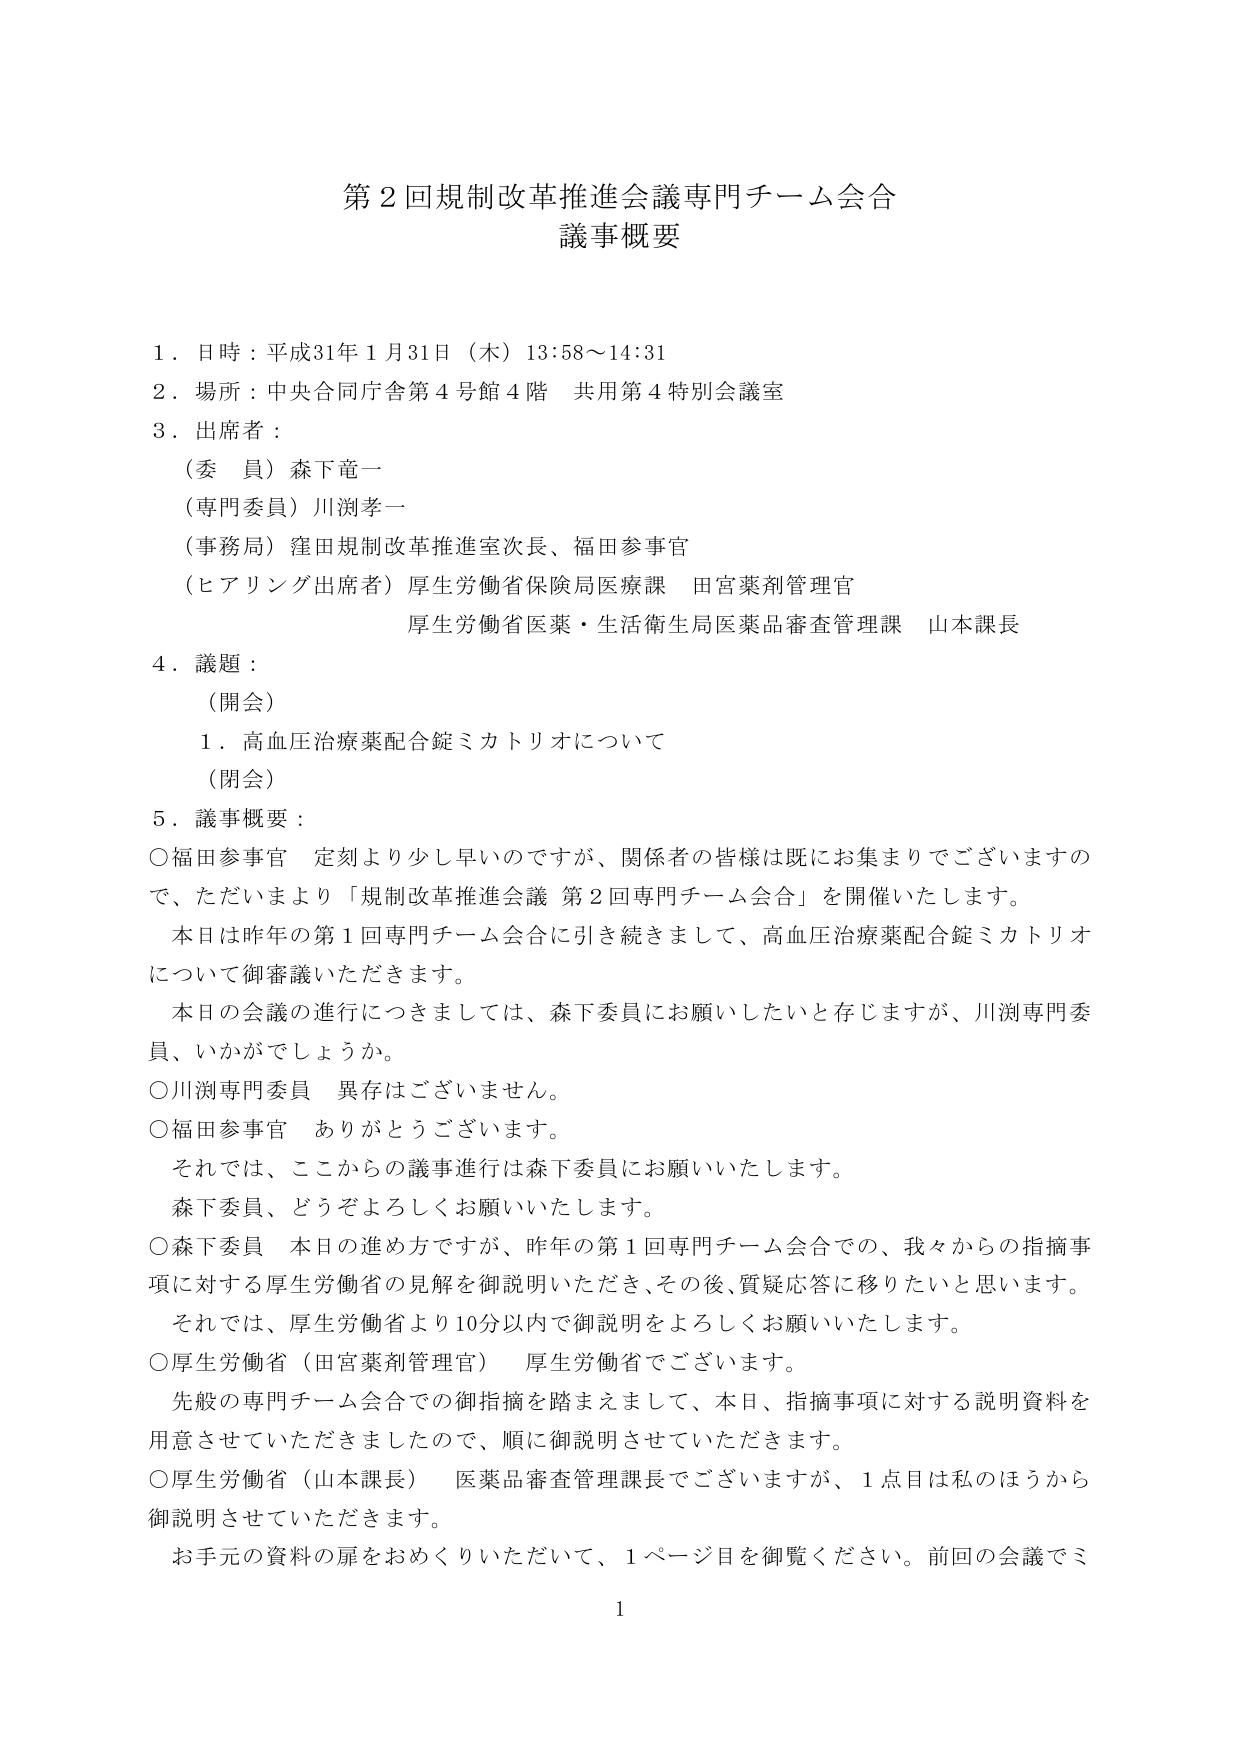
第２回規制改革推進会議専門チーム会合
議事概要

１．日時：平成31年１月31日（木）13:58～14:31
２．場所：中央合同庁舎第４号館４階 共用第４特別会議室
３．出席者：
　（委員）森下竜一
　（専門委員）川渕孝一
　（事務局）窪田規制改革推進室次長、福田参事官
　（ヒアリング出席者）厚生労働省保険局医療課 田宮薬剤管理官
　　　　　　　　　厚生労働省医薬・生活衛生局医薬品審査管理課 山本課長

４．議題：
　（開会）
　　１．高血圧治療薬配合錠ミカトリオについて
　（閉会）

５．議事概要：
　○福田参事官 定刻より少し早いのですが、関係者の皆様は既にお集まりでございますので、ただいまより「規制改革推進会議 第２回専門チーム会合」を開催いたします。
　　本日は昨年の第１回専門チーム会合に引き続きまして、高血圧治療薬配合錠ミカトリオについて御審議いただきます。
　　本日の会議の進行につきましては、森下委員にお願いしたいと存じますが、川渕専門委員、いかがでしょうか。
　○川渕専門委員 異存はございません。
　○福田参事官 ありがとうございます。
　　それでは、ここからの議事進行は森下委員にお願いいたします。
　　森下委員、どうぞよろしくお願いいたします。
　○森下委員 本日の進め方ですが、昨年の第１回専門チーム会合での、我々からの指摘事項に対する厚生労働省の見解を御説明いただき、その後、質疑応答に移りたいと思います。
　　それでは、厚生労働省より10分以内で御説明をよろしくお願いいたします。
　○厚生労働省（田宮薬剤管理官） 厚生労働省でございます。
　　先般の専門チーム会合での御指摘を踏まえまして、本日、指摘事項に対する説明資料を用意させていただきましたので、順に御説明させていただきます。
　○厚生労働省（山本課長） 医薬品審査管理課長でございますが、１点目は私のほうから御説明させていただきます。
　　お手元の資料の扉をおめくりいただいて、１ページ目を御覧ください。前回の会議でミ

1